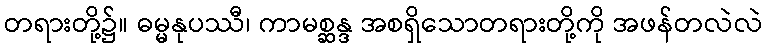
တရားတို့၌။ ဓမ္မနုပဿီ၊ ကာမစ္ဆန္ဒ အစရှိသောတရားတို့ကို အဖန်တလဲလဲ